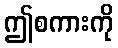
ဤစကားကို